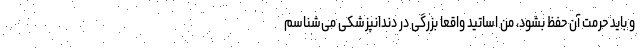
و باید حرمت آن حفظ بشود، من اساتید واقعا بزرگی در دندانپزشکی می‌شناسم